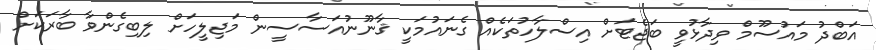
އަބްދު މައުސޫމް ވިދާޅުވީ ބަޖެޓަށް އިސްލާހުތަކެއް ގެނައުމަކީ ޤާނޫނުއަސާސީން މަޖިލީހަށް ލިބިގެންވާ ބާރަކަށް